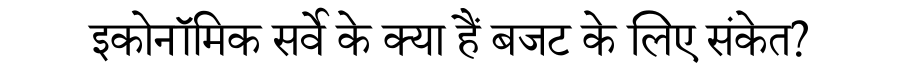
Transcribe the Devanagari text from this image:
इकोनॉमिक सर्वे के क्या हैं बजट के लिए संकेत?